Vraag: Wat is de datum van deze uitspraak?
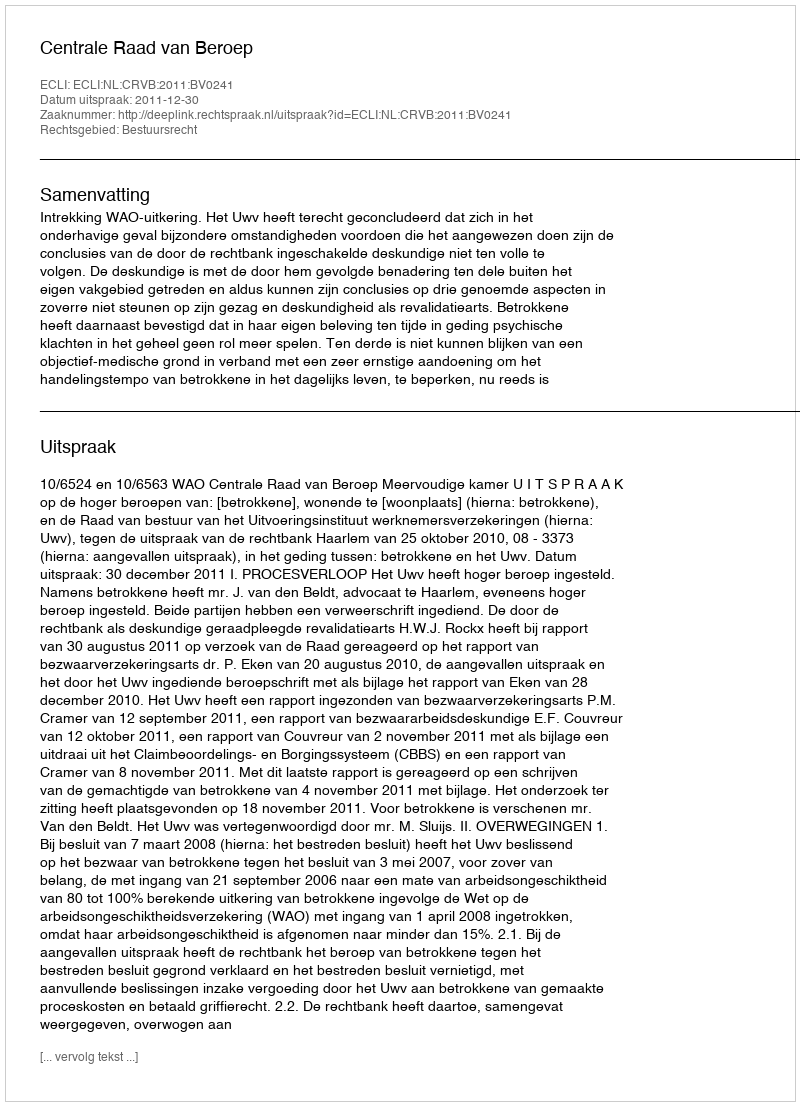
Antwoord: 2011-12-30